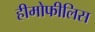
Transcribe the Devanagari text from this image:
हीमोफीलिस